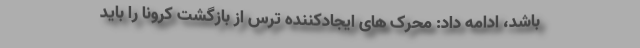
باشد، ادامه داد: محرک های ایجادکننده ترس از بازگشت کرونا را باید